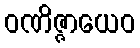
ဝဏိဇ္ဇာယေဝ